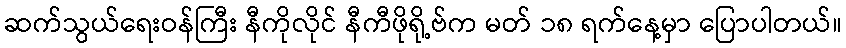
ဆက်သွယ်ရေးဝန်ကြီး နီကိုလိုင် နီကီဖိုရို့ဗ်က မတ် ၁၈ ရက်နေ့မှာ ပြောပါတယ်။